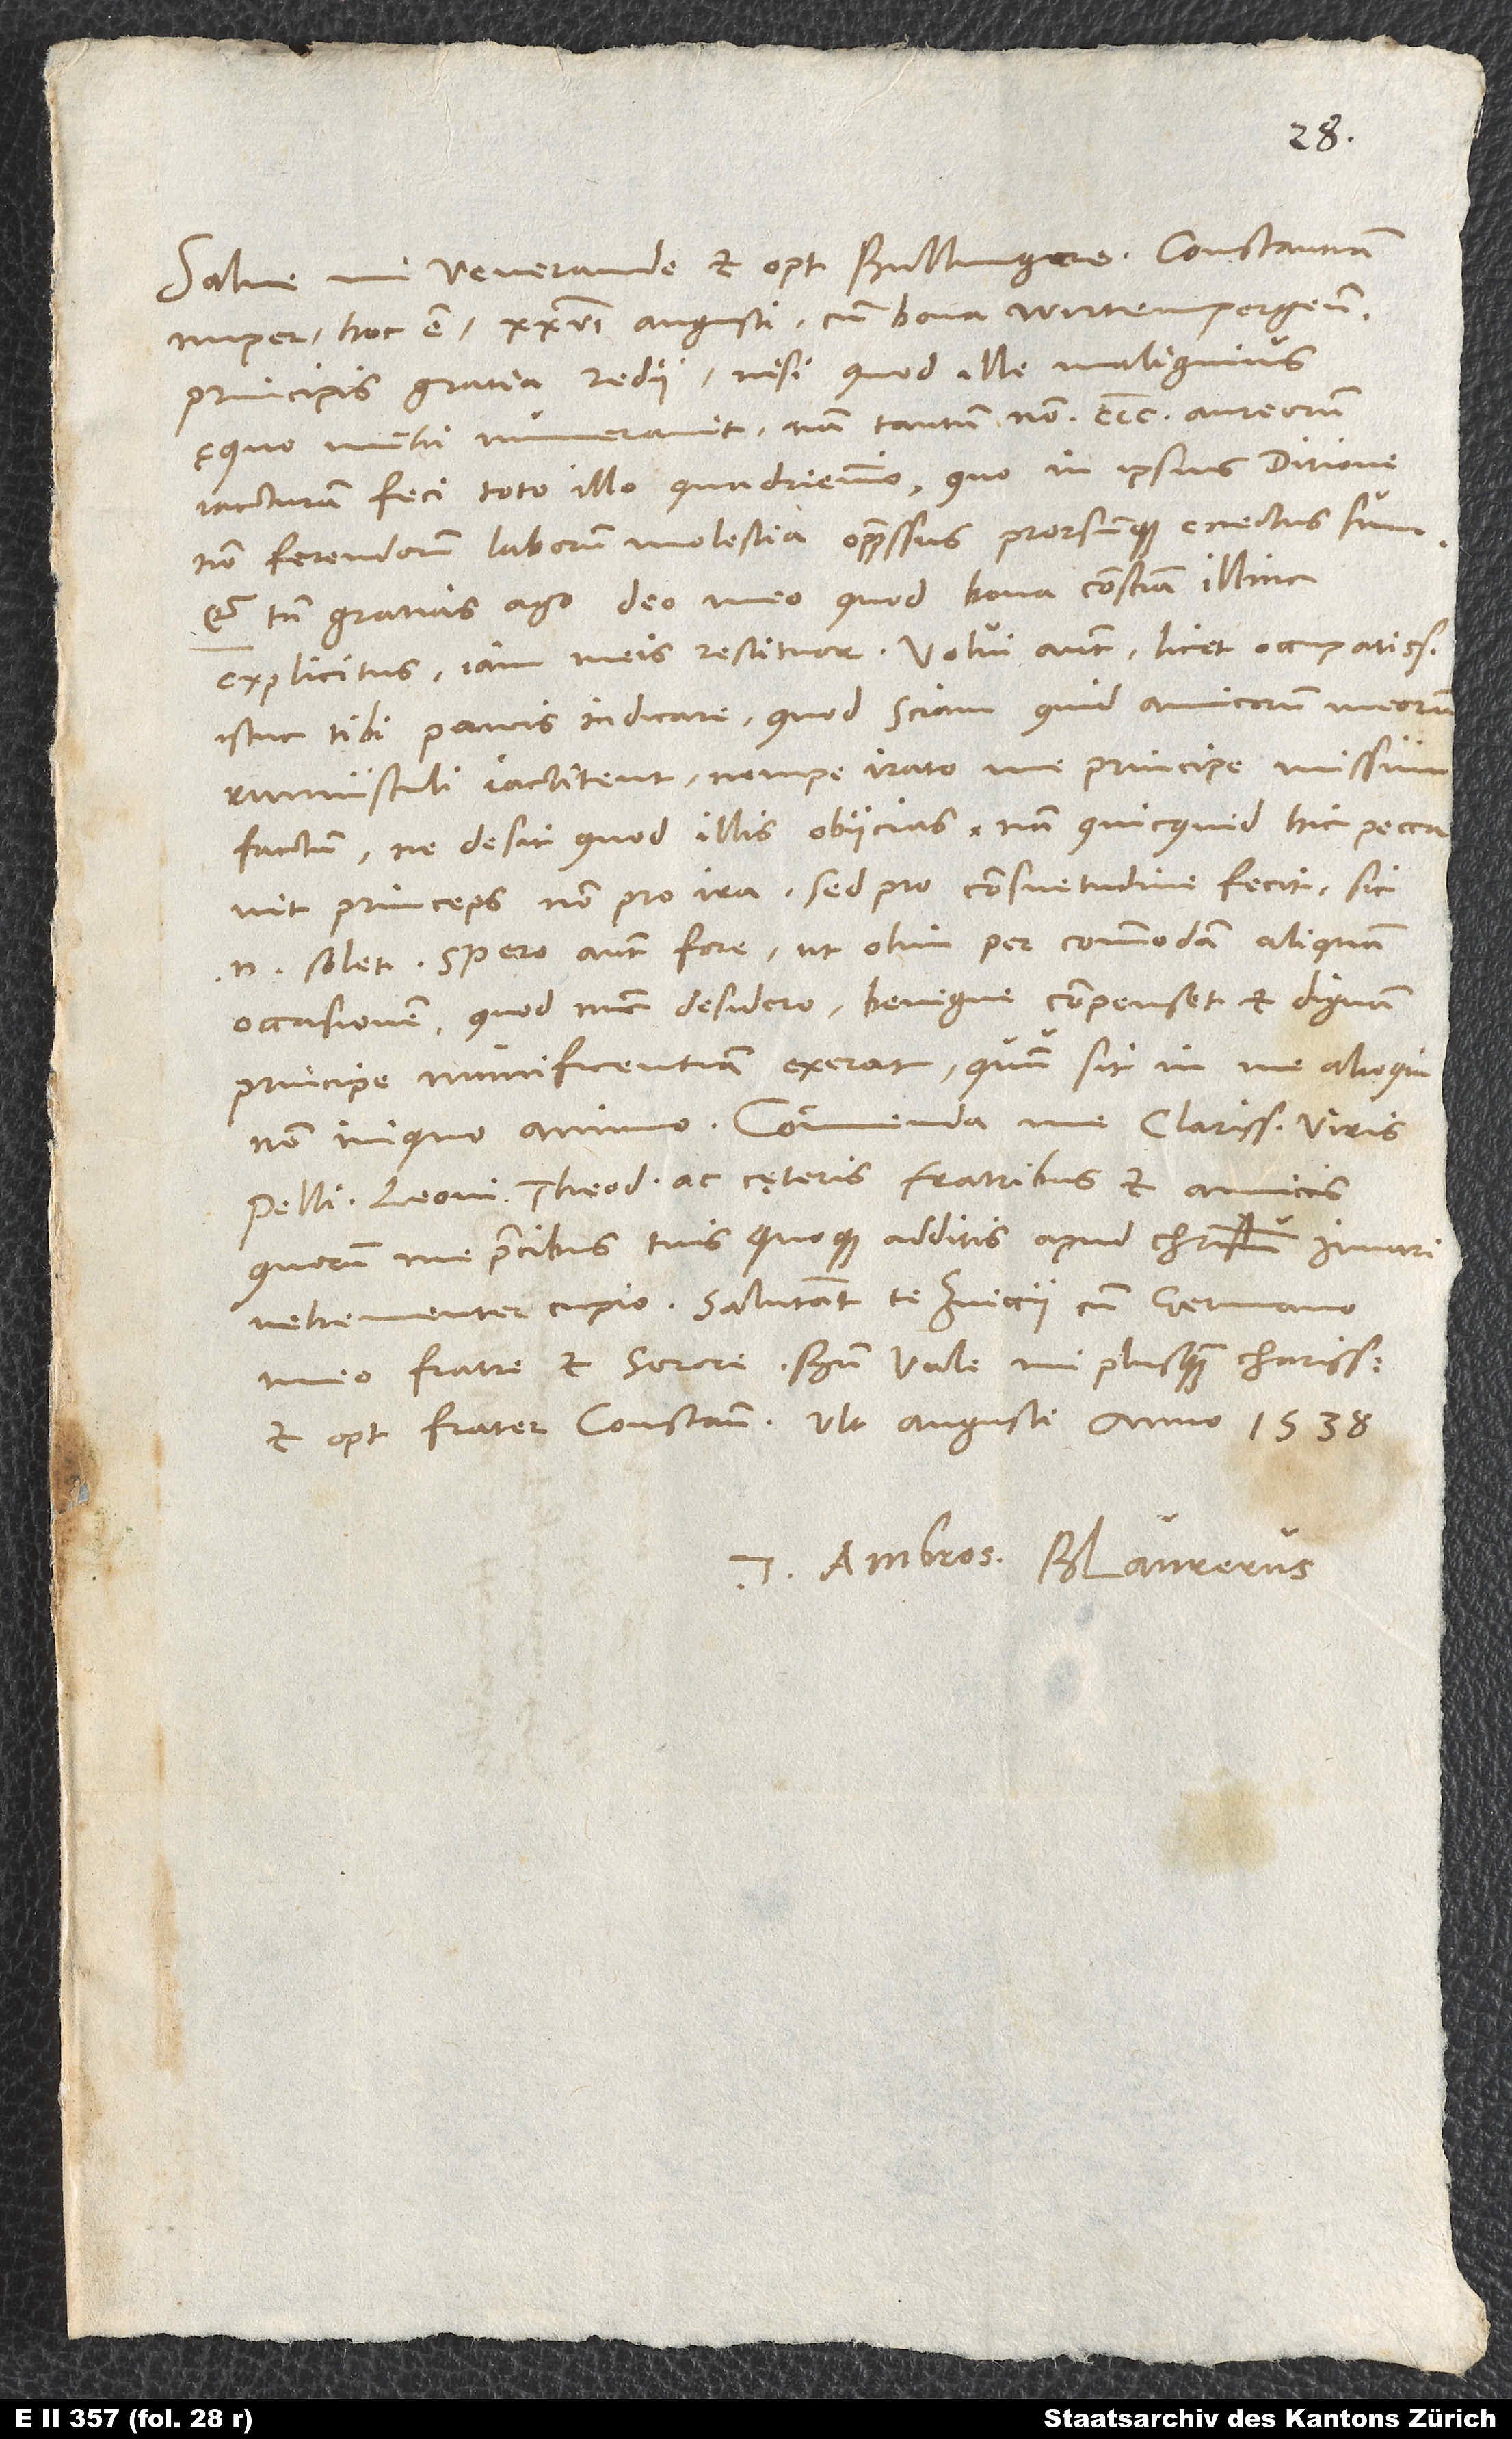
nuper, hoc est 26. augusti, cum bona Wirtempergensis
principis gratia redii, nisi quod ille malignius
ęquo mihi numeravit; nam tantum non 300 aureorum
iacturam feci toto illo quadriennio, quo in ipsius ditione
non ferendorum laborum molestia oppressus prorsumque enectus sum.
Et tamen gratias ago deo meo, quod bona conscientia illinc
explicitus iam meis restituor. Volui autem, licet occupatissimus,
istuc tibi paucis indicare, quod sciam, quid amicorum meorum
rumusculi iactitent, nempe irato me principe missum
factum, ne desit, quod illis obiicias; nam quicquid hic peccavit
princeps, non pro ira, sed pro consuetudine fecit. Sic
enim solet. Spero autem fore, ut olim per commodam aliquam
occasionem, quod nunc desidero, benigne compenset et dignam
principe munificentiam exerat, quum sit in me alioqui
Pellicano, Leoni, Theodoro ac cęteris fratribus et amicis,
quorum me precibus tuis quoque additis apud Christum iuvari
vehementer cupio. Salutant te Zviccii cum germano
meo fratre et sorore. Bene vale, mi plus quam charissime
Tuus Ambrosius Blaurerus.